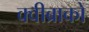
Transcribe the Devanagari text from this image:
क्वीब्राको